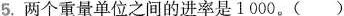
5.两个重量单位之间的进率是1000。()